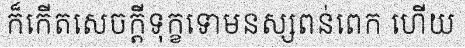
ក៏កើតសេចក្តីទុក្ខទោមនស្សពន់ពេក ហើយ